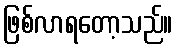
ဖြစ်လာရတော့သည်။